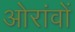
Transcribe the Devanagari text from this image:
ओरांवों